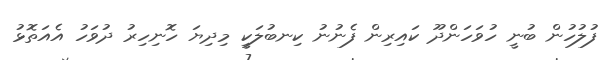
ފުލުހުން ބުނީ ހުވަހަންދޫ ކައިރިން ފެނުނު ކިނބުލަކީ މިދިޔަ ހޮނިހިރު ދުވަހު އެއަތޮޅު